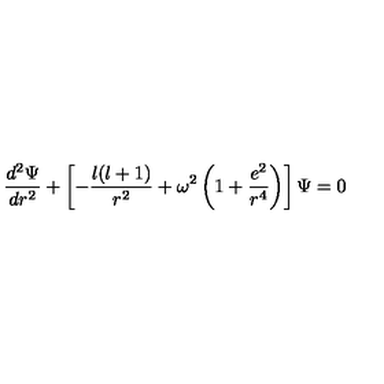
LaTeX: \frac { d ^ { 2 } \Psi } { d r ^ { 2 } } + \left[ - \frac { l ( l + 1 ) } { r ^ { 2 } } + \omega ^ { 2 } \left( 1 + \frac { e ^ { 2 } } { r ^ { 4 } } \right) \right] \Psi = 0